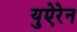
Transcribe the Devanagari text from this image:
युऐरेन